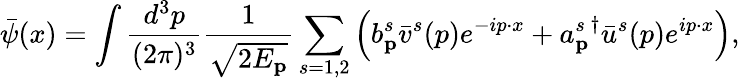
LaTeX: \bar{\psi}(x)=\int\frac{d^{3}p}{(2\pi)^{3}}\frac{1}{\sqrt{2E_{\mathbf{p}}}}\sum_{s=1,2}\left(b_{\mathbf{p}}^{s}\bar{v}^{s}(p)e^{-ip\cdot x}+{a_{\mathbf{p}}^{s}}^{\dagger}\bar{u}^{s}(p)e^{ip\cdot x}\right),